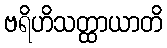
ဗရိဟိသတ္ထာယာတိ